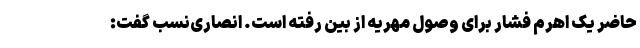
حاضر یک اهرم فشار برای وصول مهریه از بین رفته است. انصاری‌نسب گفت: